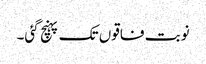
نوبت فاقوں تک پہنچ گئی۔